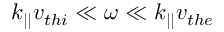
k _ { | | } v _ { t h i } \ll \omega \ll k _ { | | } v _ { t h e }